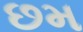
છમ